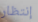
إنتظار